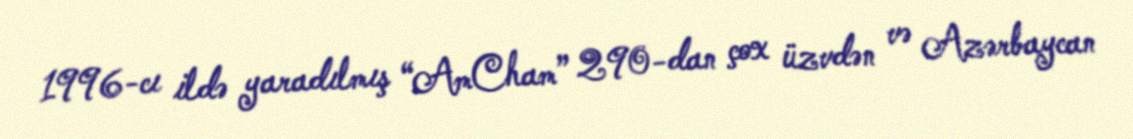
1996-cı ildə yaradılmış “AmCham” 290-dan çox üzvdən və Azərbaycan